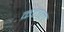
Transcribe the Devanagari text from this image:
कटाल